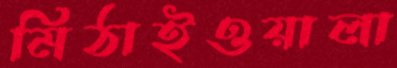
মিঠাইওয়ালা